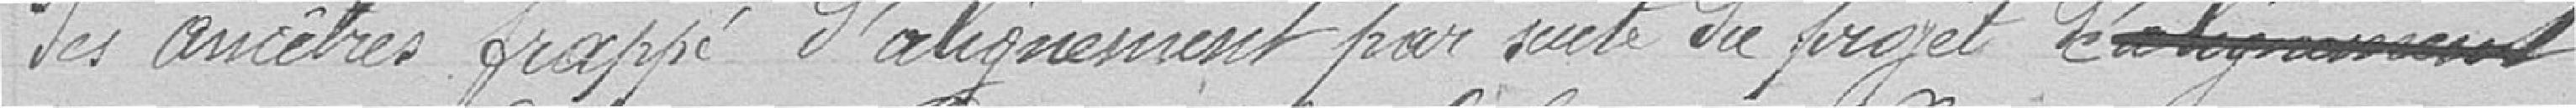
des ancêtres frappé d'alignement par suite du projet d'alignement